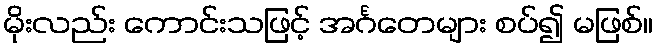
မိုးလည်း ကောင်းသဖြင့် အင်္ဂတေများ စပ်၍ မဖြစ်။